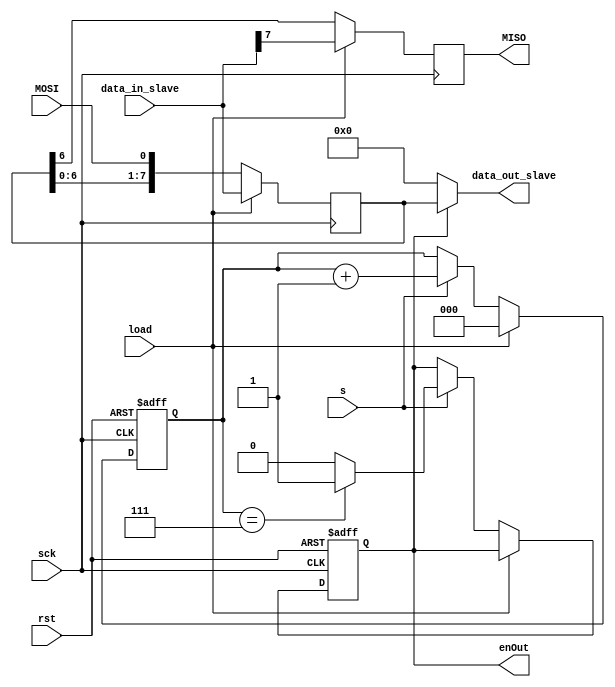
`timescale 1ns / 1ps
//////////////////////////////////////////////////////////////////////////////////
// Company: 
// Engineer: 
// 
// Design Name: 
// Module Name: slave
// Project Name: 
// Target Devices: 
// Tool Versions: 
// Description: 
// 
// Dependencies: 
// 
// Revision:
// Revision 0.01 - File Created
// Additional Comments:
// 
//////////////////////////////////////////////////////////////////////////////////


module slave(sck, rst,load, MOSI,data_in_slave,s,enOut, MISO, data_out_slave);

parameter n=8; //declaration of parameters to specify the size of the input and output data 
parameter m = 3; //declaration of parameters for the counter

//initializing input and output
input sck, rst, MOSI,s,load; // sck is master generated clock and s is playing the role of select line when it will be 1 then only slave will work
input [n-1:0]data_in_slave; //input for slave
output reg MISO,enOut; //enOut is signal which goes high when we get output data
output [n-1:0]data_out_slave; //output of slave after loading master data into it

reg [n-1:0]slaveinput; //register to save data in slave
reg [m-1:0]count =0; // to calculate the clock cycle

always @(posedge sck or negedge rst)
begin
    // reset the output
    if(!rst)
    begin
        enOut= 0;
        count=0;
    end
    else if(load) begin
            count =0; // count starts when data gets loaded in register
        end
    else if(s)
    begin
        if (count==7) // calculation of clock cycle and enabling signal after 8 clock cycles
        begin
            enOut  =1;
        end
        else   
        begin enOut  =0; 
        end
        count = count +1; 
    end    
end

always@(posedge sck)
begin
slaveinput  = {slaveinput, MOSI}; //eliminating MSB of slaveinput register and assigning MOSI to the LSB of the slaveinput
MISO = slaveinput[7]; //output of slave is MSB of master register
if(load)
    // data is getting loaded in slaveinput and MISO
    begin
    slaveinput = data_in_slave;
    MISO = data_in_slave[7];
    end
end

// when enable is high we will get output 
assign data_out_slave = enOut ? slaveinput:0;

endmodule